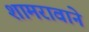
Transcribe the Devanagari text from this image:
शामरावाने